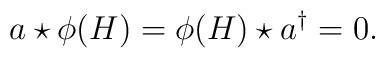
a\star \phi(H)=\phi(H)\star {a^\dagger}=0.